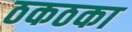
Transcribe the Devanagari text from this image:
ठकठका